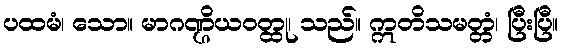
ပထမံ၊ သော။ မာဂဏ္ဌိယဝတ္ထု၊ သည်။ ဣတိသမတ္တံ၊ ပြီးပြီ။